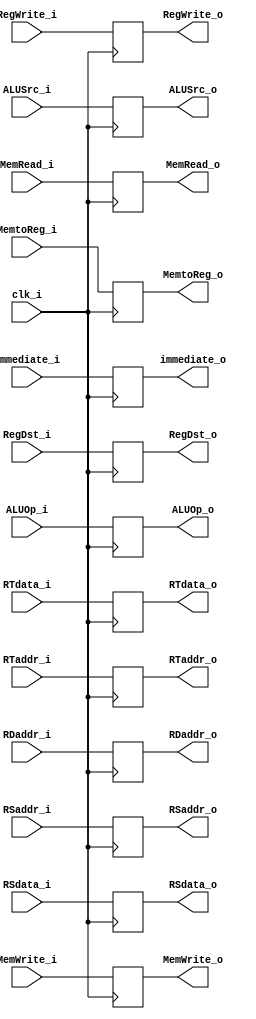
module ID_EX
(
    clk_i,
	RegDst_i,
    ALUSrc_i,
    ALUOp_i,
    MemRead_i,
    MemWrite_i,
    MemtoReg_i,
    RegWrite_i,

    RSdata_i,
    RTdata_i,
    immediate_i,
    RSaddr_i,
    RTaddr_i,
    RDaddr_i,

    RegDst_o,
    ALUSrc_o,
    ALUOp_o,
    MemRead_o,
    MemWrite_o,
    MemtoReg_o,
    RegWrite_o,

    RSdata_o,
    RTdata_o,
    immediate_o,
    RSaddr_o,
    RTaddr_o,
    RDaddr_o
);

input               clk_i, RegDst_i, ALUSrc_i, MemRead_i, MemWrite_i, MemtoReg_i, RegWrite_i;
input 	[1:0]		ALUOp_i;
input   [4:0]       RSaddr_i, RTaddr_i, RDaddr_i;
input   [31:0]      immediate_i, RSdata_i, RTdata_i;
output				RegDst_o, ALUSrc_o, MemRead_o, MemWrite_o, MemtoReg_o, RegWrite_o;
output 	[1:0]		ALUOp_o;
output  [4:0]		RSaddr_o, RTaddr_o, RDaddr_o;
output  [31:0]      RSdata_o, RTdata_o, immediate_o;

reg					RegDst_o, ALUSrc_o, MemRead_o, MemWrite_o, MemtoReg_o, RegWrite_o;
reg 	[1:0]		ALUOp_o;
reg  	[4:0]		RSaddr_o, RTaddr_o, RDaddr_o;
reg  	[31:0]      RSdata_o, RTdata_o, immediate_o;
initial begin
	RegDst_o = 1'b0;
	ALUSrc_o = 1'b0;
	MemRead_o = 1'b0;
	MemWrite_o = 1'b0;
	MemtoReg_o = 1'b0;
	RegWrite_o = 1'b0;
end


always@(posedge clk_i) begin
	RegDst_o <= RegDst_i;
	ALUSrc_o <= ALUSrc_i;
	MemRead_o <= MemRead_i;
	MemWrite_o <= MemWrite_i;
	MemtoReg_o <= MemtoReg_i;
	RegWrite_o <= RegWrite_i;
    ALUOp_o <= ALUOp_i;
    RSaddr_o <= RSaddr_i;
	RTaddr_o <= RTaddr_i;
	RDaddr_o <= RDaddr_i;
	RSdata_o <= RSdata_i;
	RTdata_o <= RTdata_i;
	immediate_o <= immediate_i;
  //$display("rs_addr_o: %b", RSaddr_o);
  //$display("rt_addr_o: %b", RTaddr_o);
  //$display("rd_addr_o: %b", RDaddr_o);
end

endmodule